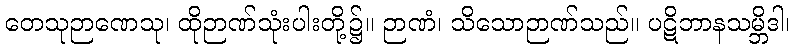
တေသုဉာဏေသု၊ ထိုဉာဏ်သုံးပါးတို့၌။ ဉာဏံ၊ သိသောဉာဏ်သည်။ ပဋိဘာနသမ္ဘိဒါ၊